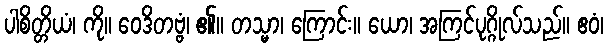
ပါစိတ္တိယံ၊ ကို။ ဝေဒိတဗ္ဗံ၊ ၏။ တသ္မာ၊ ကြောင်း။ ယော၊ အကြင်ပုဂ္ဂိုလ်သည်။ ဧဝံ၊